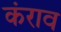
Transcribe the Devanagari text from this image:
कंराव